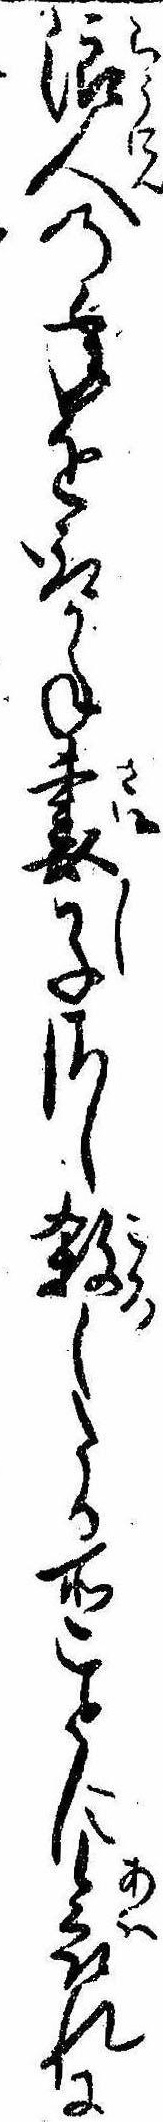
浪人の年を取かね妻子さし殺したる所ことに哀れに